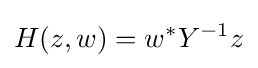
H(z,w)=w^{*}Y^{-1}z